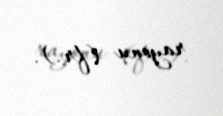
rayonu (fr.).